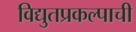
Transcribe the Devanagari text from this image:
विद्युतप्रकल्पाची